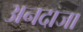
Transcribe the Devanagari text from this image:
अनदाजा